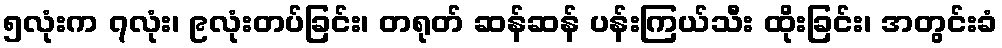
၅လုံးက ၇လုံး၊ ၉လုံးတပ်ခြင်း၊ တရုတ် ဆန်ဆန် ပန်းကြယ်သီး ထိုးခြင်း၊ အတွင်းခံ